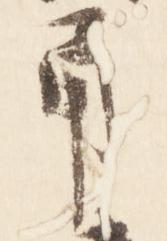
角